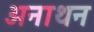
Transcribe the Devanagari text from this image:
अनाथन